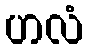
ဟလံ